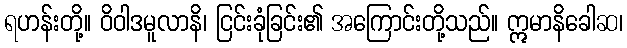
ရဟန်းတို့။ ဝိဝါဒမူလာနိ၊ ငြင်းခုံခြင်း၏ အကြောင်းတို့သည်။ ဣမာနိခေါဆ၊